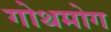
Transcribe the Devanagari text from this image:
गोथमोग